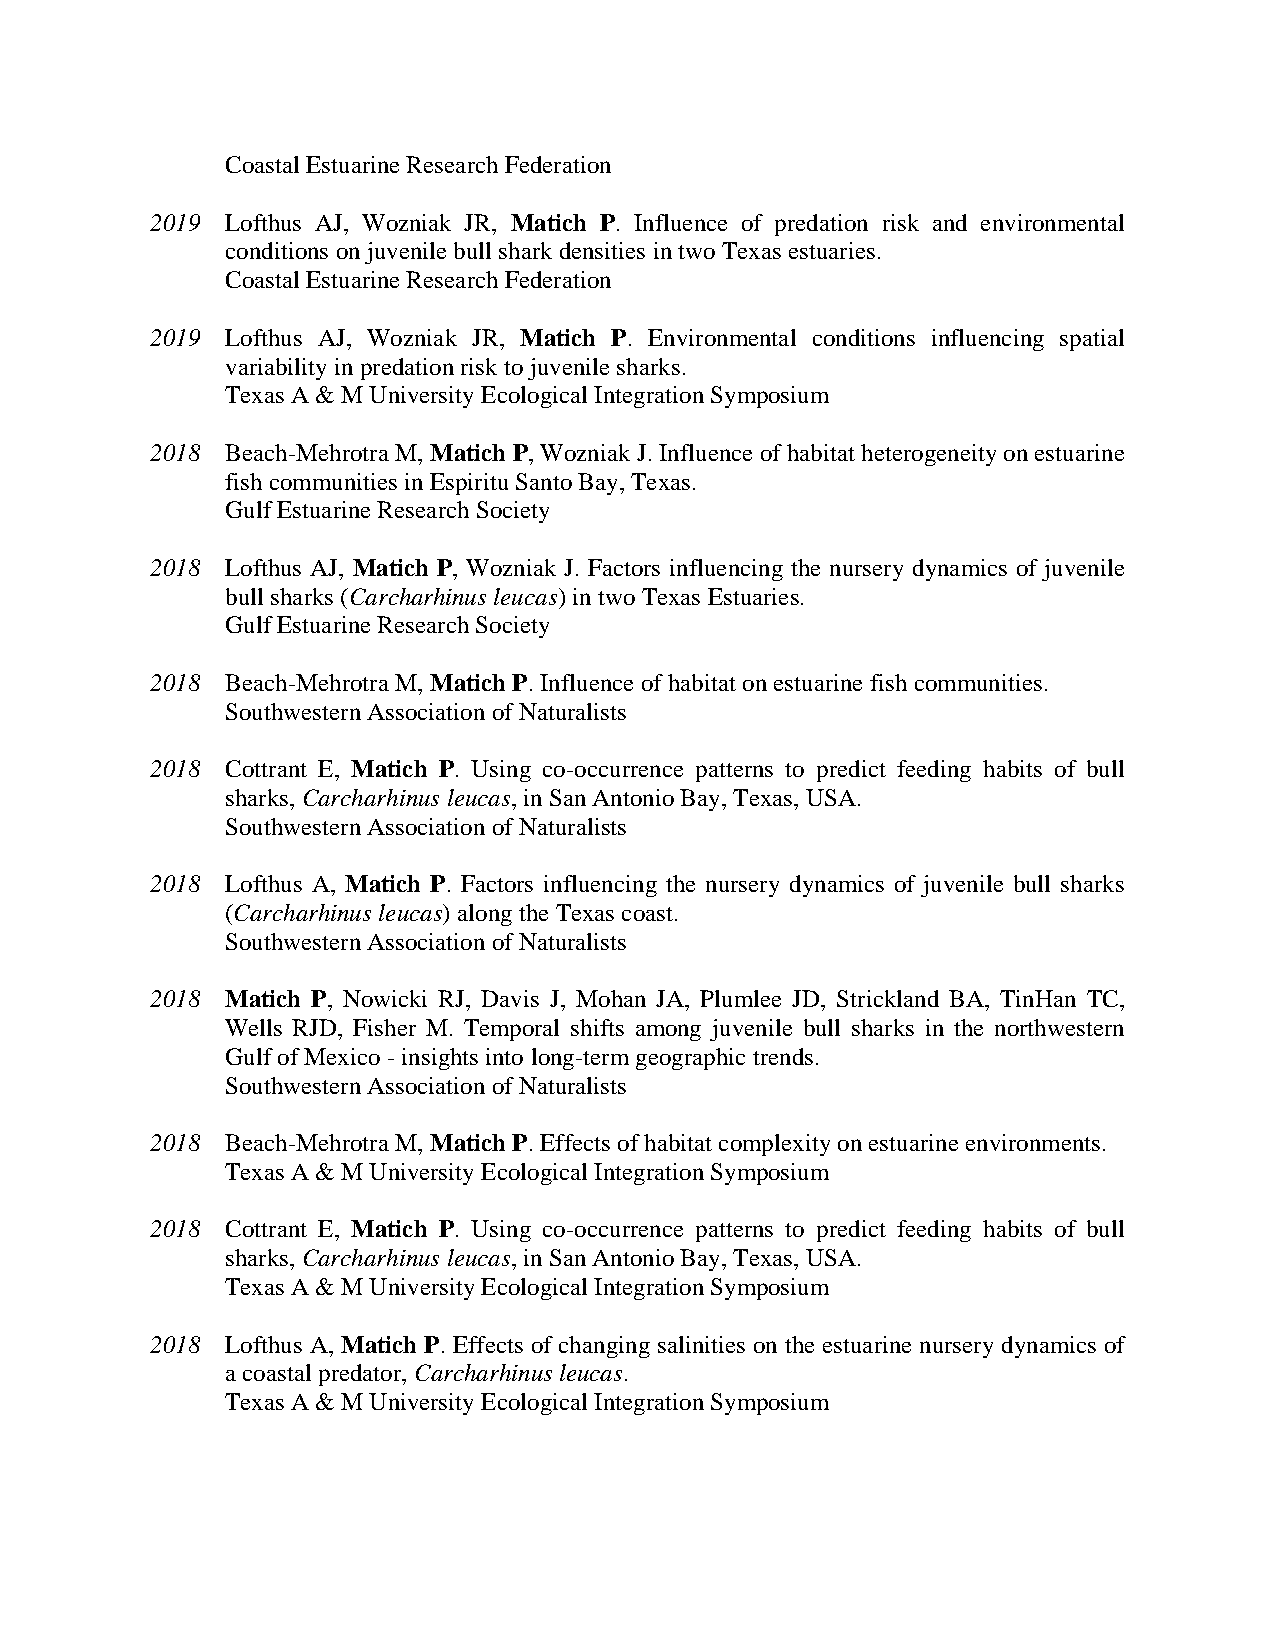
Coastal Estuarine Research Federation
 2019 Lofthus AJ, Wozniak JR, Matich P. Influence of predation risk and environmental
 conditions on juvenile bull shark densities in two Texas estuaries.
 Coastal Estuarine Research Federation
 2019 Lofthus AJ, Wozniak JR, Matich P. Environmental conditions influencing spatial
 variability in predation risk to juvenile sharks.
 Texas A & M University Ecological Integration Symposium
 2018 Beach-Mehrotra M, Matich P, Wozniak J. Influence of habitat heterogeneity on estuarine
 fish communities in Espiritu Santo Bay, Texas.
 Gulf Estuarine Research Society
 2018 Lofthus AJ, Matich P, Wozniak J. Factors influencing the nursery dynamics of juvenile
 bull sharks (Carcharhinus leucas) in two Texas Estuaries.
 Gulf Estuarine Research Society
 2018 Beach-Mehrotra M, Matich P. Influence of habitat on estuarine fish communities.
 Southwestern Association of Naturalists
 2018 Cottrant E, Matich P. Using co-occurrence patterns to predict feeding habits of bull
 sharks, Carcharhinus leucas, in San Antonio Bay, Texas, USA.
 Southwestern Association of Naturalists
 2018 Lofthus A, Matich P. Factors influencing the nursery dynamics of juvenile bull sharks
 (Carcharhinus leucas) along the Texas coast.
 Southwestern Association of Naturalists
 2018 Matich P, Nowicki RJ, Davis J, Mohan JA, Plumlee JD, Strickland BA, TinHan TC,
 Wells RJD, Fisher M. Temporal shifts among juvenile bull sharks in the northwestern
 Gulf of Mexico - insights into long-term geographic trends.
 Southwestern Association of Naturalists
 2018 Beach-Mehrotra M, Matich P. Effects of habitat complexity on estuarine environments.
 Texas A & M University Ecological Integration Symposium
 2018 Cottrant E, Matich P. Using co-occurrence patterns to predict feeding habits of bull
 sharks, Carcharhinus leucas, in San Antonio Bay, Texas, USA.
 Texas A & M University Ecological Integration Symposium
 2018 Lofthus A, Matich P. Effects of changing salinities on the estuarine nursery dynamics of
 a coastal predator, Carcharhinus leucas.
 Texas A & M University Ecological Integration Symposium